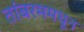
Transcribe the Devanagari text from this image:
तांबरममधून